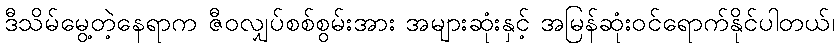
ဒီသိမ်မွေ့တဲ့နေရာက ဇီဝလျှပ်စစ်စွမ်းအား အများဆုံးနှင့် အမြန်ဆုံးဝင်ရောက်နိုင်ပါတယ်၊